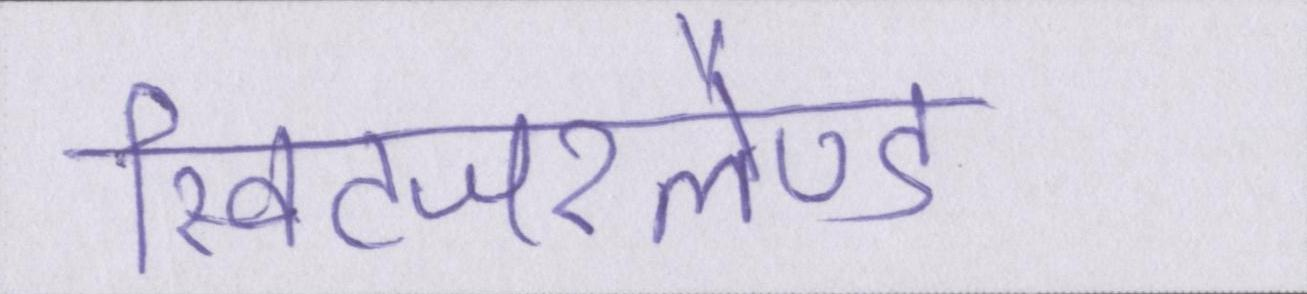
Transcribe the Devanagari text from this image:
स्विटजरलैण्ड